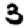
Digit: 3